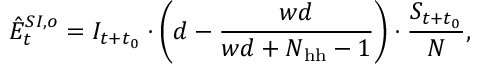
\hat { E } _ { t } ^ { S I , o } = I _ { t + t _ { 0 } } \cdot \bigg ( d - \frac { w d } { w d + N _ { \mathrm { h h } } - 1 } \bigg ) \cdot \frac { S _ { t + t _ { 0 } } } { N } ,